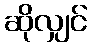
ဆိုလျှင်